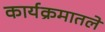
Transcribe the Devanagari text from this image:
कार्यक्रमातले